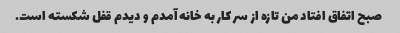
صبح اتفاق افتاد من تازه از سر کار به خانه آمدم و دیدم قفل شکسته است.